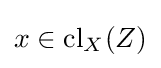
x\in \operatorname {cl} _{X}(Z)